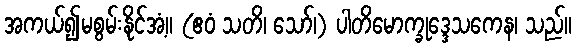
အကယ်၍မစွမ်းနိုင်အံ့။ (ဧဝံ သတိ၊ သော်၊) ပါတိမောက္ခုဒ္ဒေသကေန၊ သည်။